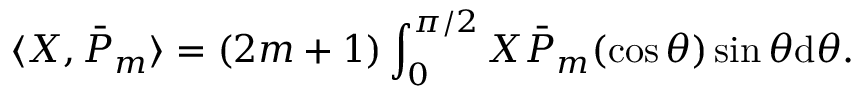
\langle X , \bar { P } _ { m } \rangle = ( 2 m + 1 ) \int _ { 0 } ^ { \pi / 2 } X \bar { P } _ { m } ( \cos \theta ) \sin \theta \mathrm { d } \theta .